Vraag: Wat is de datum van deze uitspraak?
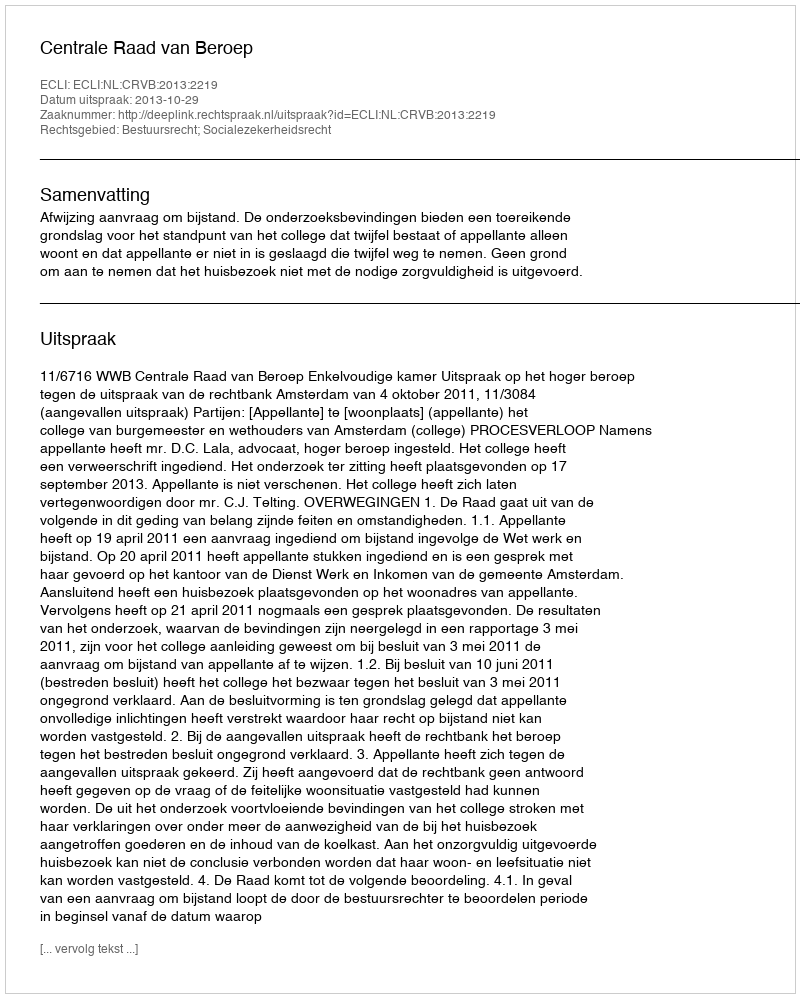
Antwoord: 2013-10-29